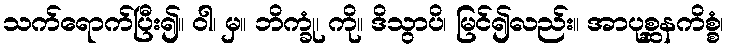
သက်ရောက်ပြီး၍။ ဝါ၊ မှ။ ဘိက္ခုံ၊ ကို။ ဒိသွာပိ၊ မြင်၍လည်း။ အာပုစ္ဆနကိစ္စံ၊